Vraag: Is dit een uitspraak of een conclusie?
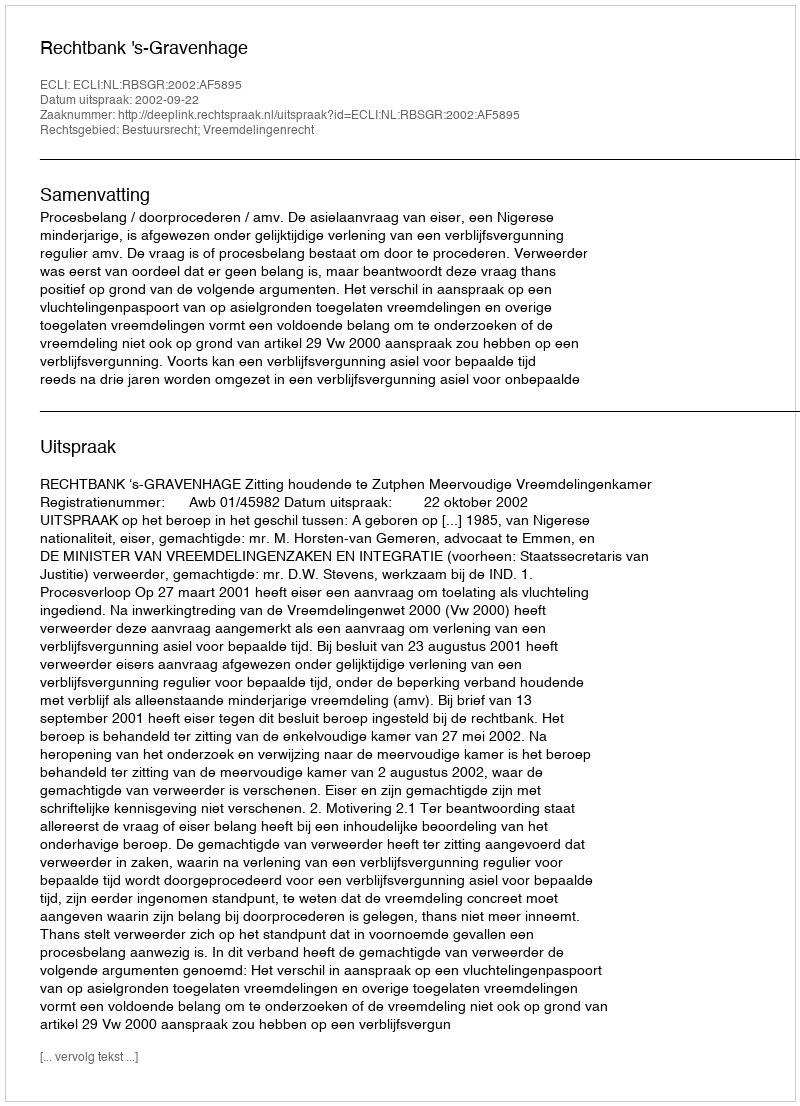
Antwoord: Uitspraak